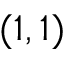
( 1 , 1 )